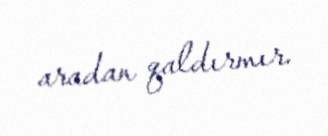
aradan qaldırmır.